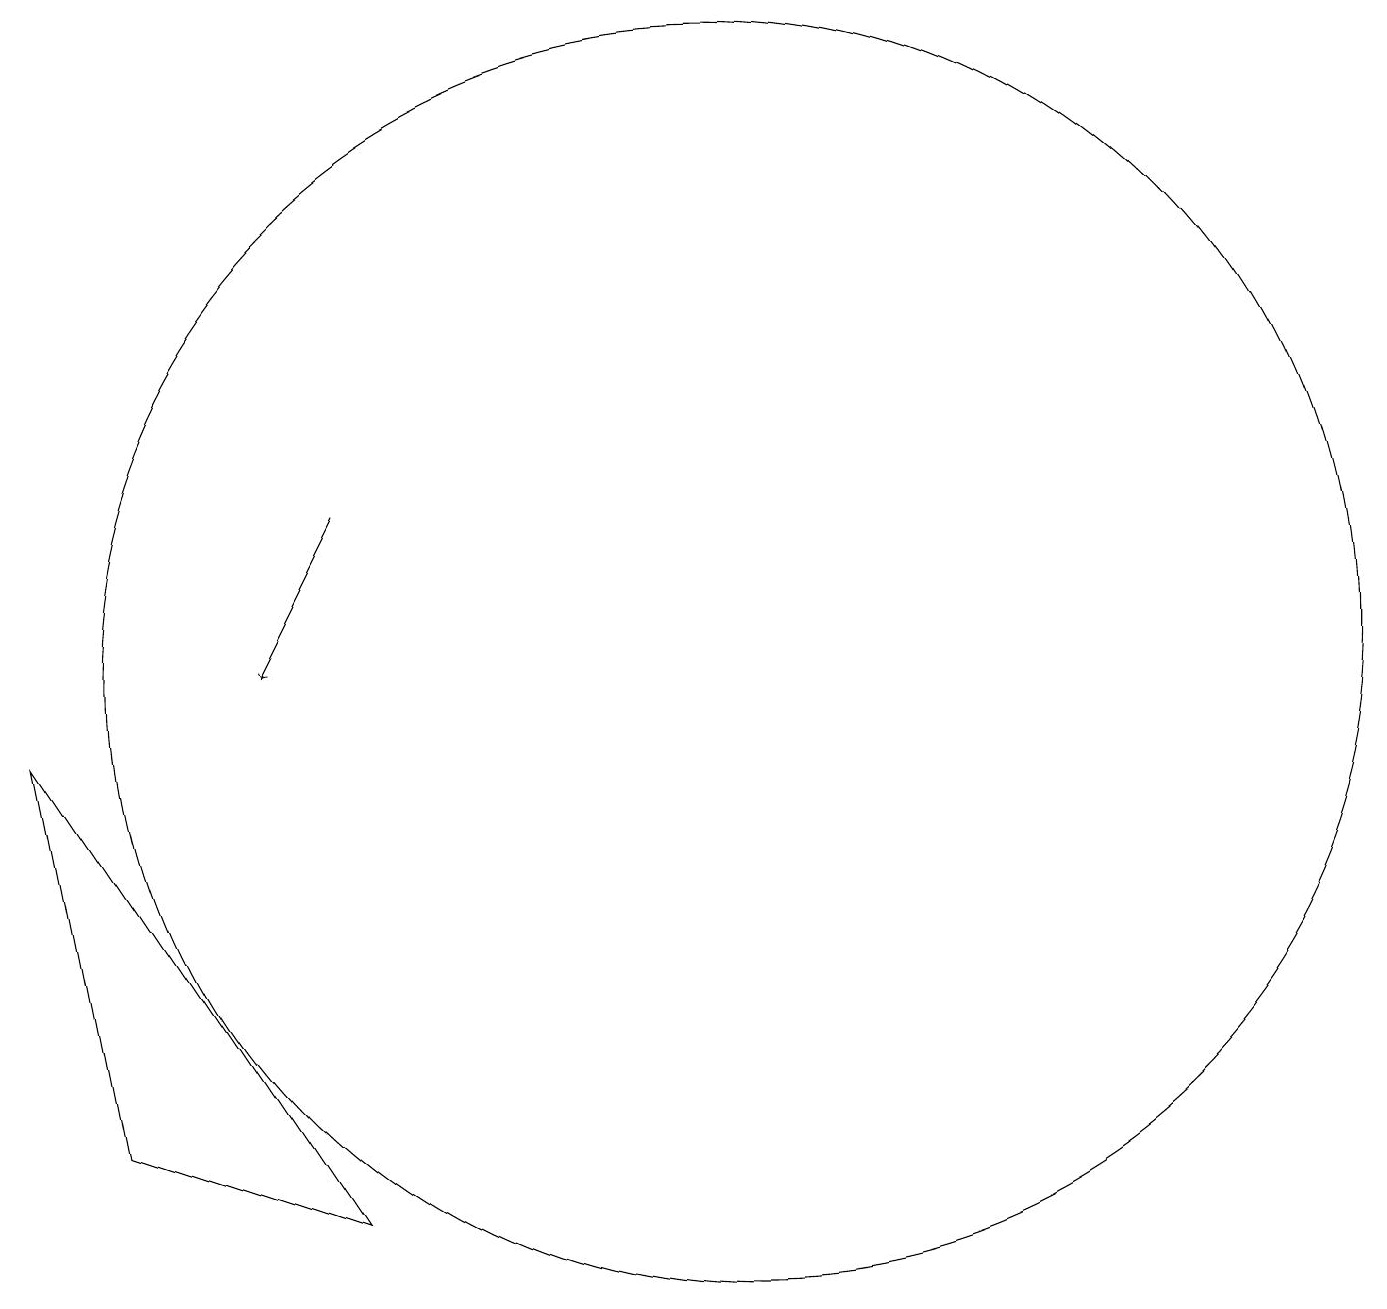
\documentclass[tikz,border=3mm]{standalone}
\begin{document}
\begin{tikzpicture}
\draw (3,9) -- (4,4) -- (7,3) -- cycle;
\draw[->] (7,12) -- (6,10);
\draw (12,10) circle (8);
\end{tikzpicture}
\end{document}